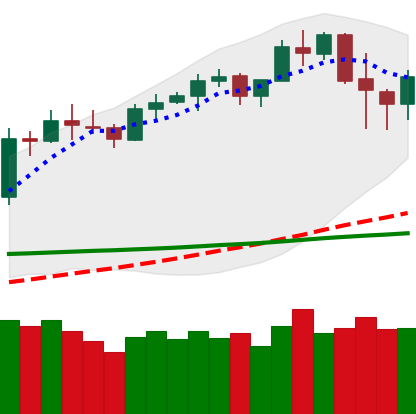
Ticker: LTC-USD
Chart end date: 2020-02-18
Forward return: 3.247%
Label: up_3_5